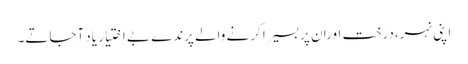
اپنی نہر،درخت اورا ن پر بسیرا کرنے والے پرندے بے اختیار یاد آجاتے۔